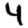
Digit: 4